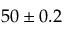
5 0 \pm 0 . 2 \